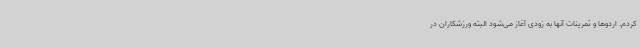
کردم. اردوها و تمرینات آنها به زودی آغاز می‌شود البته ورزشکاران در